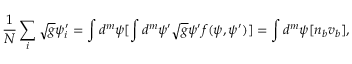
{ \frac { 1 } { N } } \sum _ { i } \sqrt { g } \psi _ { i } ^ { \prime } = \int d ^ { m } \psi [ \int d ^ { m } \psi ^ { \prime } \sqrt { g } \psi ^ { \prime } f ( \psi , \psi ^ { \prime } ) ] = \int d ^ { m } \psi [ n _ { b } v _ { b } ] ,